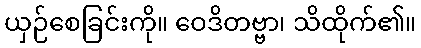
ယှဉ်စေခြင်းကို။ ဝေဒိတဗ္ဗာ၊ သိထိုက်၏။